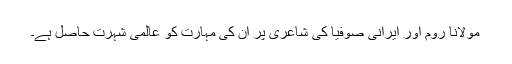
مولانا روم اور ایرانی صوفیا کی شاعری پر ان کی مہارت کو عالمی شہرت حاصل ہے۔